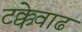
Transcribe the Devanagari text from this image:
टक्केवाढ